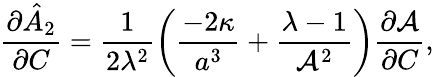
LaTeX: \frac{\partial\hat{A}_{2}}{\partial C}=\frac{1}{2\lambda^{2}}\left(\frac{-2\kappa}{a^{3}}+\frac{\lambda-1}{\mathcal{A}^{2}}\right)\frac{\partial\mathcal{A}}{\partial C},